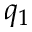
q _ { 1 }